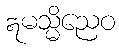
ဣမသ္မိညေဝ